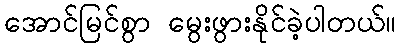
အောင်မြင်စွာ မွေးဖွားနိုင်ခဲ့ပါတယ်။